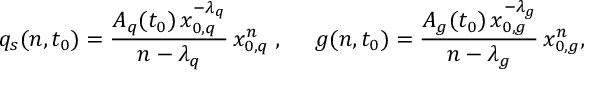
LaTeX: q _ { s } ( n , t _ { 0 } ) = \frac { A _ { q } ( t _ { 0 } ) \, x _ { 0 , q } ^ { - \lambda _ { q } } } { n - \lambda _ { q } } \, x _ { 0 , q } ^ { n } \; , \; \; \; \; \; g ( n , t _ { 0 } ) = \frac { A _ { g } ( t _ { 0 } ) \, x _ { 0 , g } ^ { - \lambda _ { g } } } { n - \lambda _ { g } } \, x _ { 0 , g } ^ { n } ,